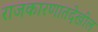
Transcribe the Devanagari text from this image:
राजकारणातदेखील